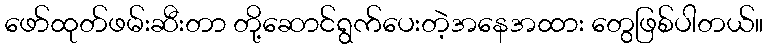
ဖော်ထုတ်ဖမ်းဆီးတာ တို့ဆောင်ရွက်ပေးတဲ့အနေအထား တွေဖြစ်ပါတယ်။